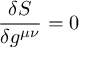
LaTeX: { \frac { \delta S } { \delta g ^ { \mu \nu } } } = 0